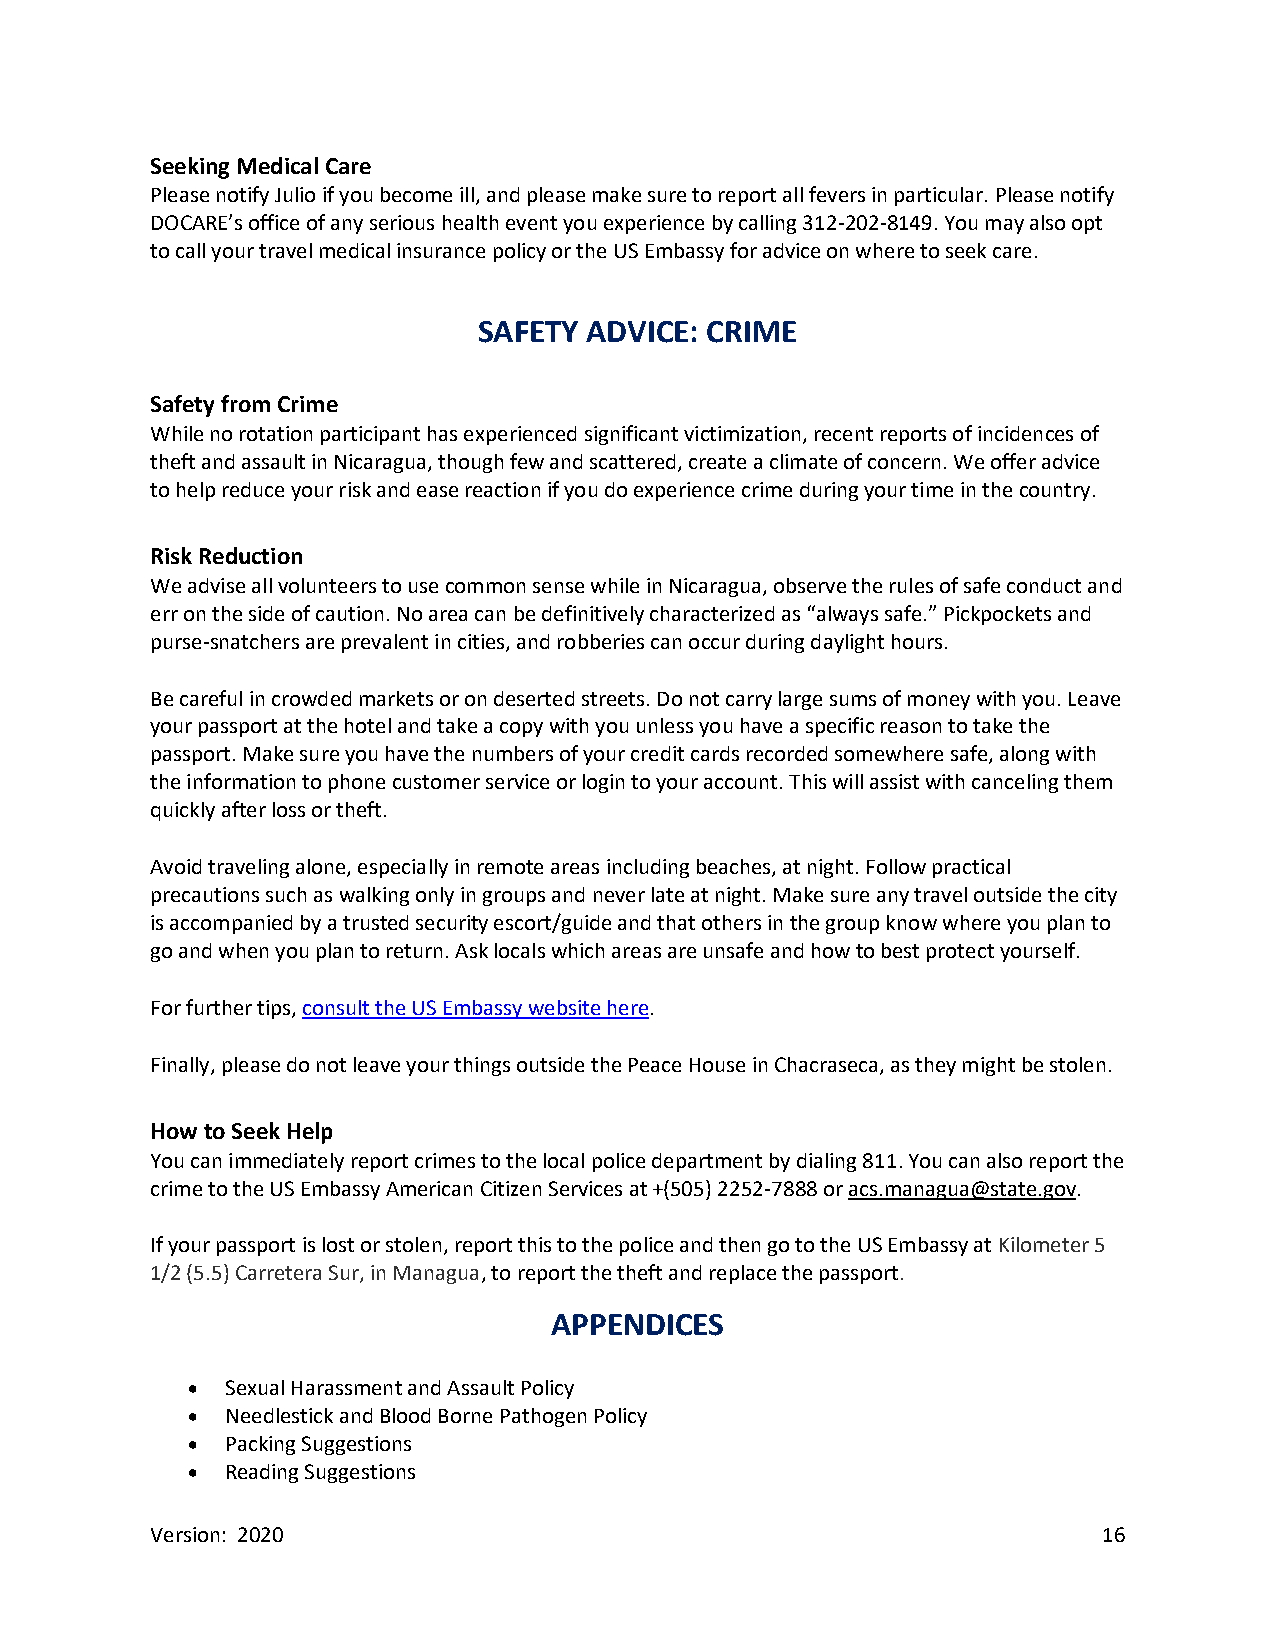
Seeking Medical Care
 Please notify Julio if you become ill, and please make sure to report all fevers in particular. Please notify
 DOCARE’s office of any serious health event you experience by calling 312-202-8149. You may also opt
 to call your travel medical insurance policy or the US Embassy for advice on where to seek care.
 SAFETY ADVICE: CRIME
 Safety from Crime
 While no rotation participant has experienced significant victimization, recent reports of incidences of
 theft and assault in Nicaragua, though few and scattered, create a climate of concern. We offer advice
 to help reduce your risk and ease reaction if you do experience crime during your time in the country.
 Risk Reduction
 We advise all volunteers to use common sense while in Nicaragua, observe the rules of safe conduct and
 err on the side of caution. No area can be definitively characterized as “always safe.” Pickpockets and
 purse-snatchers are prevalent in cities, and robberies can occur during daylight hours.
 Be careful in crowded markets or on deserted streets. Do not carry large sums of money with you. Leave
 your passport at the hotel and take a copy with you unless you have a specific reason to take the
 passport. Make sure you have the numbers of your credit cards recorded somewhere safe, along with
 the information to phone customer service or login to your account. This will assist with canceling them
 quickly after loss or theft.
 Avoid traveling alone, especially in remote areas including beaches, at night. Follow practical
 precautions such as walking only in groups and never late at night. Make sure any travel outside the city
 is accompanied by a trusted security escort/guide and that others in the group know where you plan to
 go and when you plan to return. Ask locals which areas are unsafe and how to best protect yourself.
 For further tips, consult the US Embassy website here.
 Finally, please do not leave your things outside the Peace House in Chacraseca, as they might be stolen.
 How to Seek Help
 You can immediately report crimes to the local police department by dialing 811. You can also report the
 crime to the US Embassy American Citizen Services at +(505) 2252-7888 or acs.managua@state.gov.
 If your passport is lost or stolen, report this to the police and then go to the US Embassy at Kilometer 5
 1/2 (5.5) Carretera Sur, in Managua, to report the theft and replace the passport.
 APPENDICES
 •  Sexual Harassment and Assault Policy
 •  Needlestick and Blood Borne Pathogen Policy
 •  Packing Suggestions
 •  Reading Suggestions
 Version: 2020                                                  16